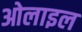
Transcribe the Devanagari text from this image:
ओलाइल